Medical and sanitary report on the native army of Bombay for the year
Year: 1878
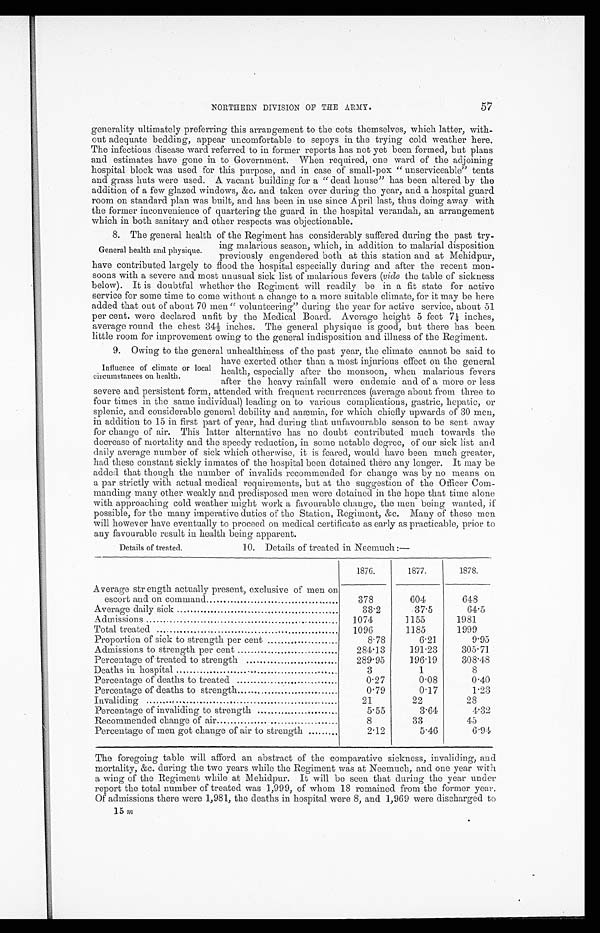
NORTHERN DIVISION OF THE ARMY.
generality ultimately preferring this arrangement to the cots themselves, which latter, with-
out adequate bedding, appear uncomfortable to sepoys in the trying cold weather here.
The infectious disease ward referred to in former reports has not yet been formed, but plans
and estimates have gone in to Government. When required, one ward of the adjoining
hospital block was used for this purpose, and in case of small-pox “unserviceable” tents
and grass huts were used. A vacant building for a “dead house” has been altered by the
addition of a few glazed windows, &c, and taken over during the year, and a hospital guard
room on standard plan was built, and has been in use since April last, thus doing away with
the former inconvenience of quartering the guard in the hospital verandah, an arrangement
which in both sanitary and other respects was objectionable.
8. The general health of the Regiment has considerably suffered during the past try-
ing malarious season, which, in addition to malarial disposition
previously engendered both at this station and at Mehidpur,
have contributed largely to flood the hospital especially during and after the recent mon-
soons with a severe and most unusual sick list of malarious fevers (vide the table of sickness
below). It is doubtful whether the Regiment will readily be in a fit state for active
service for some time to come without a change to a more suitable climate, for it may be here
added that out of about 70 men “volunteering” during the year for active service, about 51
per cent. were declared unfit by the Medical Board. Average height 5 feet 7¼ inches,
average round the chest 34½ inches. The general physique is good, but there has been
little room for improvement owing to the general indisposition and illness of the Regiment.
9. Owing to the general unhealthiness of the past year, the climate cannot be said to
General health and physique.
Influence of climate or local
circumstances on health.
have exerted other than a most injurious effect on the general
health, especially after the monsoon, when malarious fevers
after the heavy rainfull were endemic and of a more or less
severe and persistent form, attended with frequent recurrences (average about from three to
four times in the same individual) leading on to various complications, gastric, hepatic, or
splenic, and considerable general debility and anæmia, for which chiefly upwards of 30 men,
in addition to 15 in first part of year, had during that unfavourable season to be sent away
for change of air. This latter alternative has no doubt contributed much towards the
decrease of mortality and the speedy reduction, in some notable degree, of our sick list and
daily average number of sick which otherwise, it is feared, would have been much greater,
had these constant sickly inmates of the hospital been detained there any longer. It may be
added that though the number of invalids recommended for change was by no means on.
a par strictly with actual medical requirements, but at the suggestion of the Officer Com-
manding many other weakly and predisposed men were detained in the hope that time alone
with approaching cold weather might work a favourable change, the men being wanted, if
possible, for the many imperative duties of the Station, Regiment, &c. Many of these men
will however have eventually to proceed on medical certificate as early as practicable, prior to
any favourable result in health being apparent.
Details of treated.
10. Details of treated in Neemuch:—
Average strength actually present, exclusive of men on
escort and on command
1876.
1877.
1878.
378
604
648
Average daily sick
33.2
37.5
64.5
Admissions
1074
1155
1981
Total treated
1096
1185
1999
Proportion of sick to strength per cent
8.78
6.21
9.95
Admissions to strength per cent
284.13
191.23
305.71
Percentage of treated to strength
289.95
196.19
308.48
Deaths in hospital
3
1
8
Percentage of deaths to treated
0.27
0.08
0.40
Percentage of deaths to strength
0.79
0.17
1.23
Invaliding
21
22
28
Percentage of invaliding to strength
5.55
3.64
4.32
Recommended change of air
8
33
45
Percentage of men got change of air to strength
2.19
5.46
6.94
The foregoing table will afford an abstract of the comparative sickness, invaliding, and
mortality, &c. during the two years while the Regiment was at Neemuch, and one year with
a wing of the Regiment while at Mehidpur. It will be seen that during the year under
report the total number of treated was 1,999, of whom 18 remained from the former year.
Of admissions there were 1,981, the deaths in hospital were 8, and 1,969 were discharged to
15 m